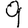
Digit: 9